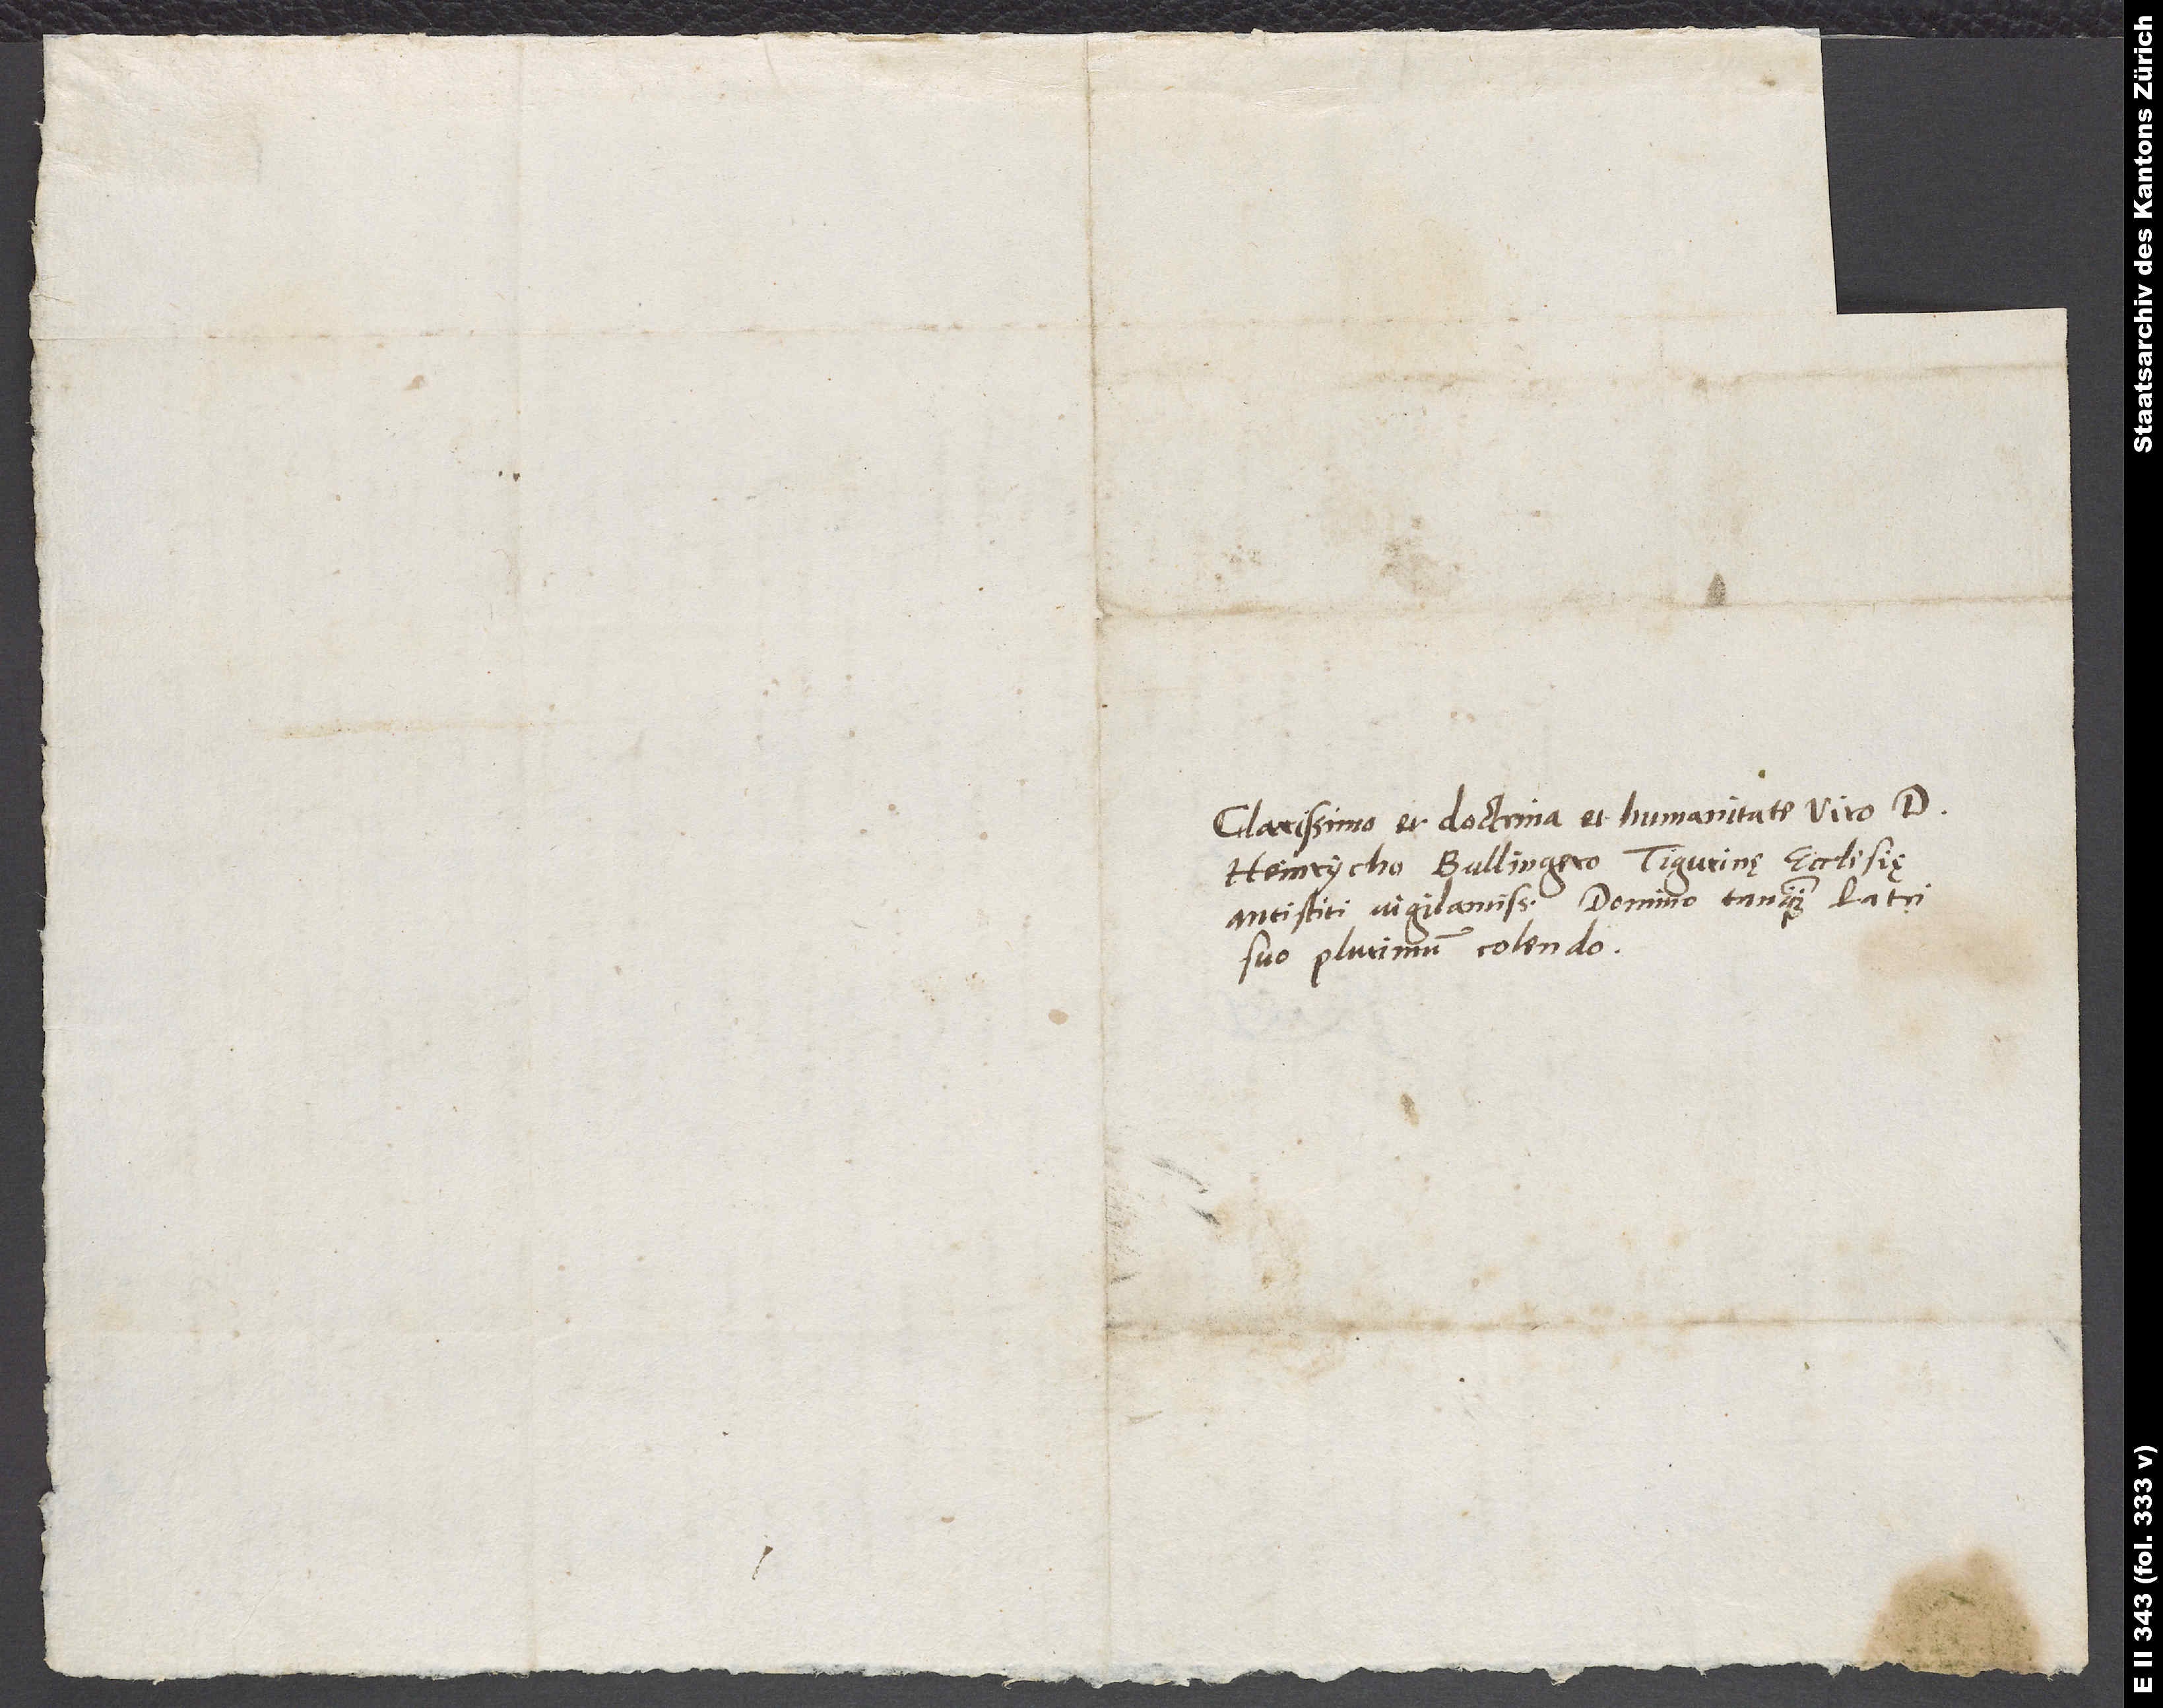
Clarissimo et doctrina et humanitate viro d.
Heinrycho Bullingero, Tigurinę ecclesię
antistiti vigilantissimo, domino tanquam patri
suo plurimum colendo.